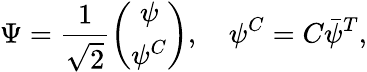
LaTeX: \Psi=\frac{1}{\sqrt{2}}\left(\begin{array}{c}{{\psi}}\\ {{\psi^{C}}}\end{array}\right),\quad\psi^{C}=C\bar{\psi}^{T},